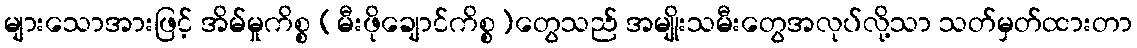
များသောအားဖြင့် အိမ်မှုကိစ္စ (မီးဖိုချောင်ကိစ္စ)တွေသည် အမျိုးသမီးတွေအလုပ်လို့သာ သတ်မှတ်ထားတာ